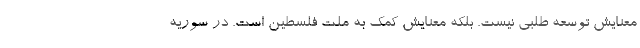
معنایش توسعه طلبی نیست. بلکه معنایش کمک به ملت فلسطین است. در سوریه